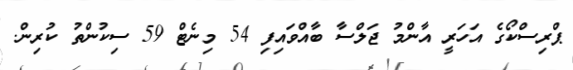
ޕްރިސްކޯގެ އަހަރީ އާންމު ޖަލްސާ ބާއްވައިފި 54 މިނެޓް 59 ސިކުންތު ކުރިން.